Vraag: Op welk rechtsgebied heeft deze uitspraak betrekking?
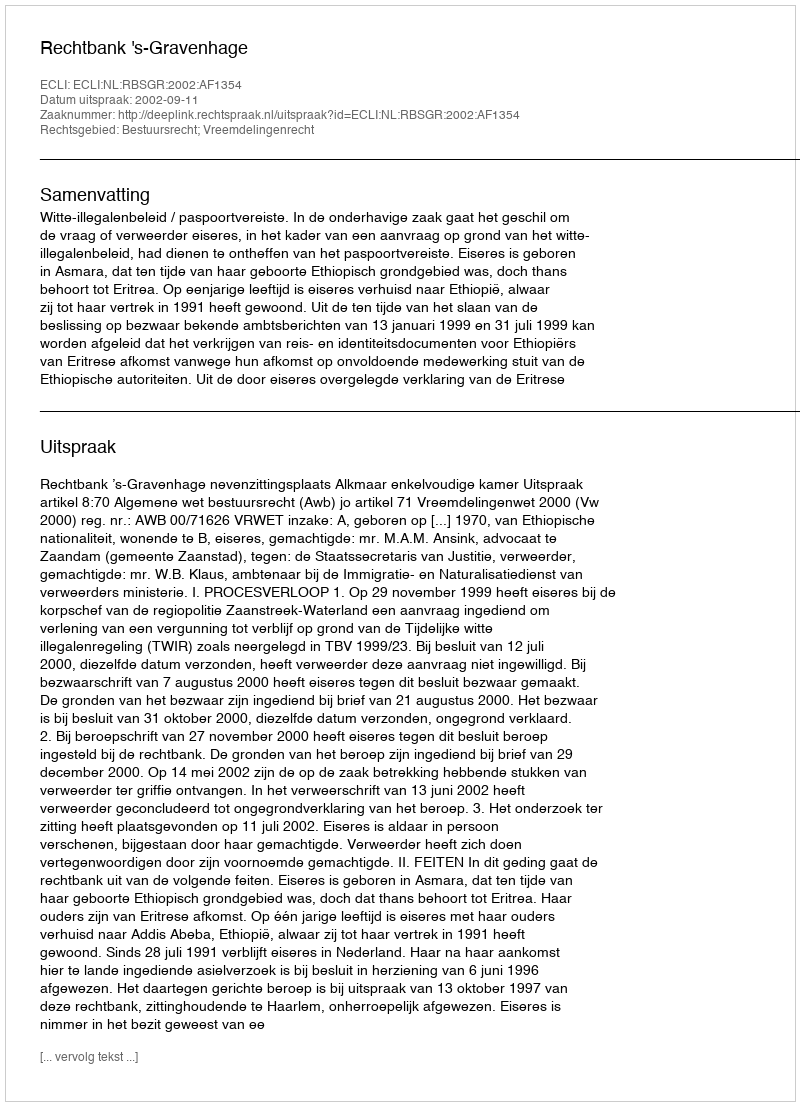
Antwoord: Bestuursrecht; Vreemdelingenrecht